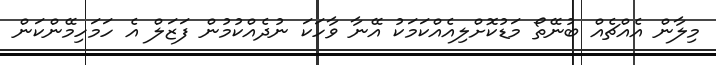
މިލާން އެއްޗެއް ބުނޭތޯ މަޑުކޮށްލިއެއްކަމަކު އޭނާ ވާހަކަ ނުދެއްކުމުން ފަޒަލް އެ ހަމަހިމޭންކަން